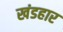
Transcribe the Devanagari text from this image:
खंडहार